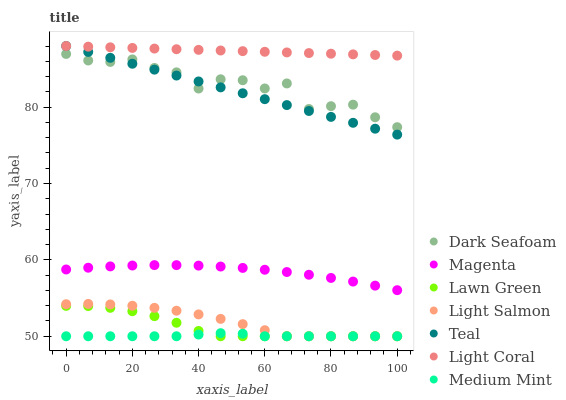
| xaxis_label | Dark Seafoam | Magenta | Lawn Green | Light Salmon | Teal | Light Coral | Medium Mint |
 | --- | --- | --- | --- | --- | --- | --- | --- |
 | 0 | 87 | 58.7 | 54 | 54.2 | 88 | 88 | 50 |
 | 6.67 | 86.1 | 59 | 54 | 54.2 | 87.2 | 87.9 | 50 |
 | 13.3 | 85.9 | 59.1 | 53.7 | 54.2 | 86.5 | 87.8 | 50 |
 | 20 | 86.2 | 59.3 | 53.3 | 54 | 85.7 | 87.7 | 50 |
 | 26.7 | 85.1 | 59.3 | 52.6 | 53.7 | 84.9 | 87.7 | 50 |
 | 33.3 | 84.6 | 59.3 | 51.8 | 53.3 | 84.1 | 87.6 | 50 |
 | 40 | 82.4 | 59.2 | 50.7 | 52.9 | 83.4 | 87.5 | 50.2 |
 | 46.7 | 83.6 | 59.1 | 50 | 52.3 | 82.6 | 87.4 | 50.4 |
 | 53.3 | 83.5 | 58.9 | 50 | 51.6 | 81.8 | 87.3 | 50.3 |
 | 60 | 82.4 | 58.7 | 50 | 50.8 | 81 | 87.2 | 50 |
 | 66.7 | 83.1 | 58.4 | 50 | 50 | 80.3 | 87.2 | 50 |
 | 73.3 | 79.8 | 58.1 | 50 | 50 | 79.5 | 87.1 | 50 |
 | 80 | 80.1 | 57.6 | 50 | 50 | 78.7 | 87 | 50 |
 | 86.7 | 80.3 | 57.2 | 50 | 50 | 77.9 | 86.9 | 50 |
 | 93.3 | 78.7 | 56.6 | 50 | 50 | 77.2 | 86.8 | 50 |
 | 100 | 77.4 | 56 | 50 | 50 | 76.4 | 86.7 | 50 |